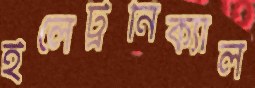
ইলেট্রনিক্যাল